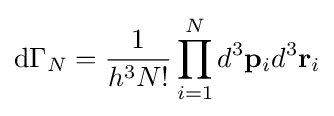
{\textrm {d}}\Gamma _{N}={\frac {1}{h^{3}N!}}\prod _{i=1}^{N}d^{3}\mathbf {p} _{i}d^{3}\mathbf {r} _{i}